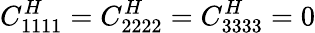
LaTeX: C_{1111}^{H}=C_{2222}^{H}=C_{3333}^{H}=0